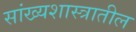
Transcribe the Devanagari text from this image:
सांख्यशास्त्रातील